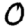
Digit: 0